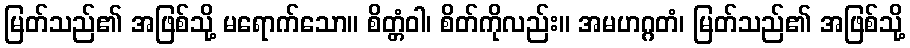
မြတ်သည်၏ အဖြစ်သို့ မရောက်သော။ စိတ္တံဝါ၊ စိတ်ကိုလည်း။ အမဟဂ္ဂတံ၊ မြတ်သည်၏ အဖြစ်သို့